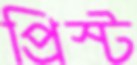
প্রিস্ট